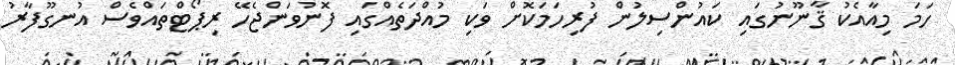
ހަމަ މިއާއެކު ޤާނޫނުގައި ކައުންސިލުން ފުރިހަމަކޮށް ވަކި މުއްދަތެއްގައި ފޮނުވަންޖެހޭ ރިޕޯޓްތައްވެސް އުނގޫފާރު